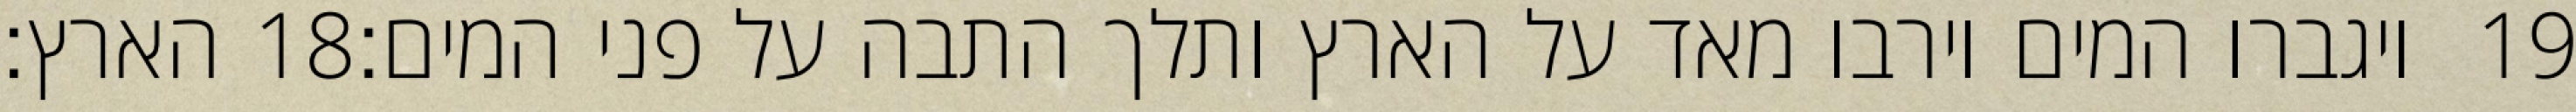
הארץ׃ ‎18‏ ויגברו המים וירבו מאד על הארץ ותלך התבה על פני המים׃ ‎19‏